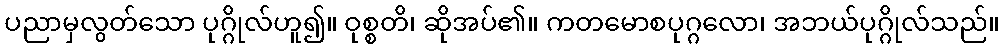
ပညာမှလွတ်သော ပုဂ္ဂိုလ်ဟူ၍။ ဝုစ္စတိ၊ ဆိုအပ်၏။ ကတမောစပုဂ္ဂလော၊ အဘယ်ပုဂ္ဂိုလ်သည်။